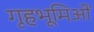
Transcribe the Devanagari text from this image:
गृहभूमिओं